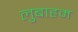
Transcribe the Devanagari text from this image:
लुबाहम